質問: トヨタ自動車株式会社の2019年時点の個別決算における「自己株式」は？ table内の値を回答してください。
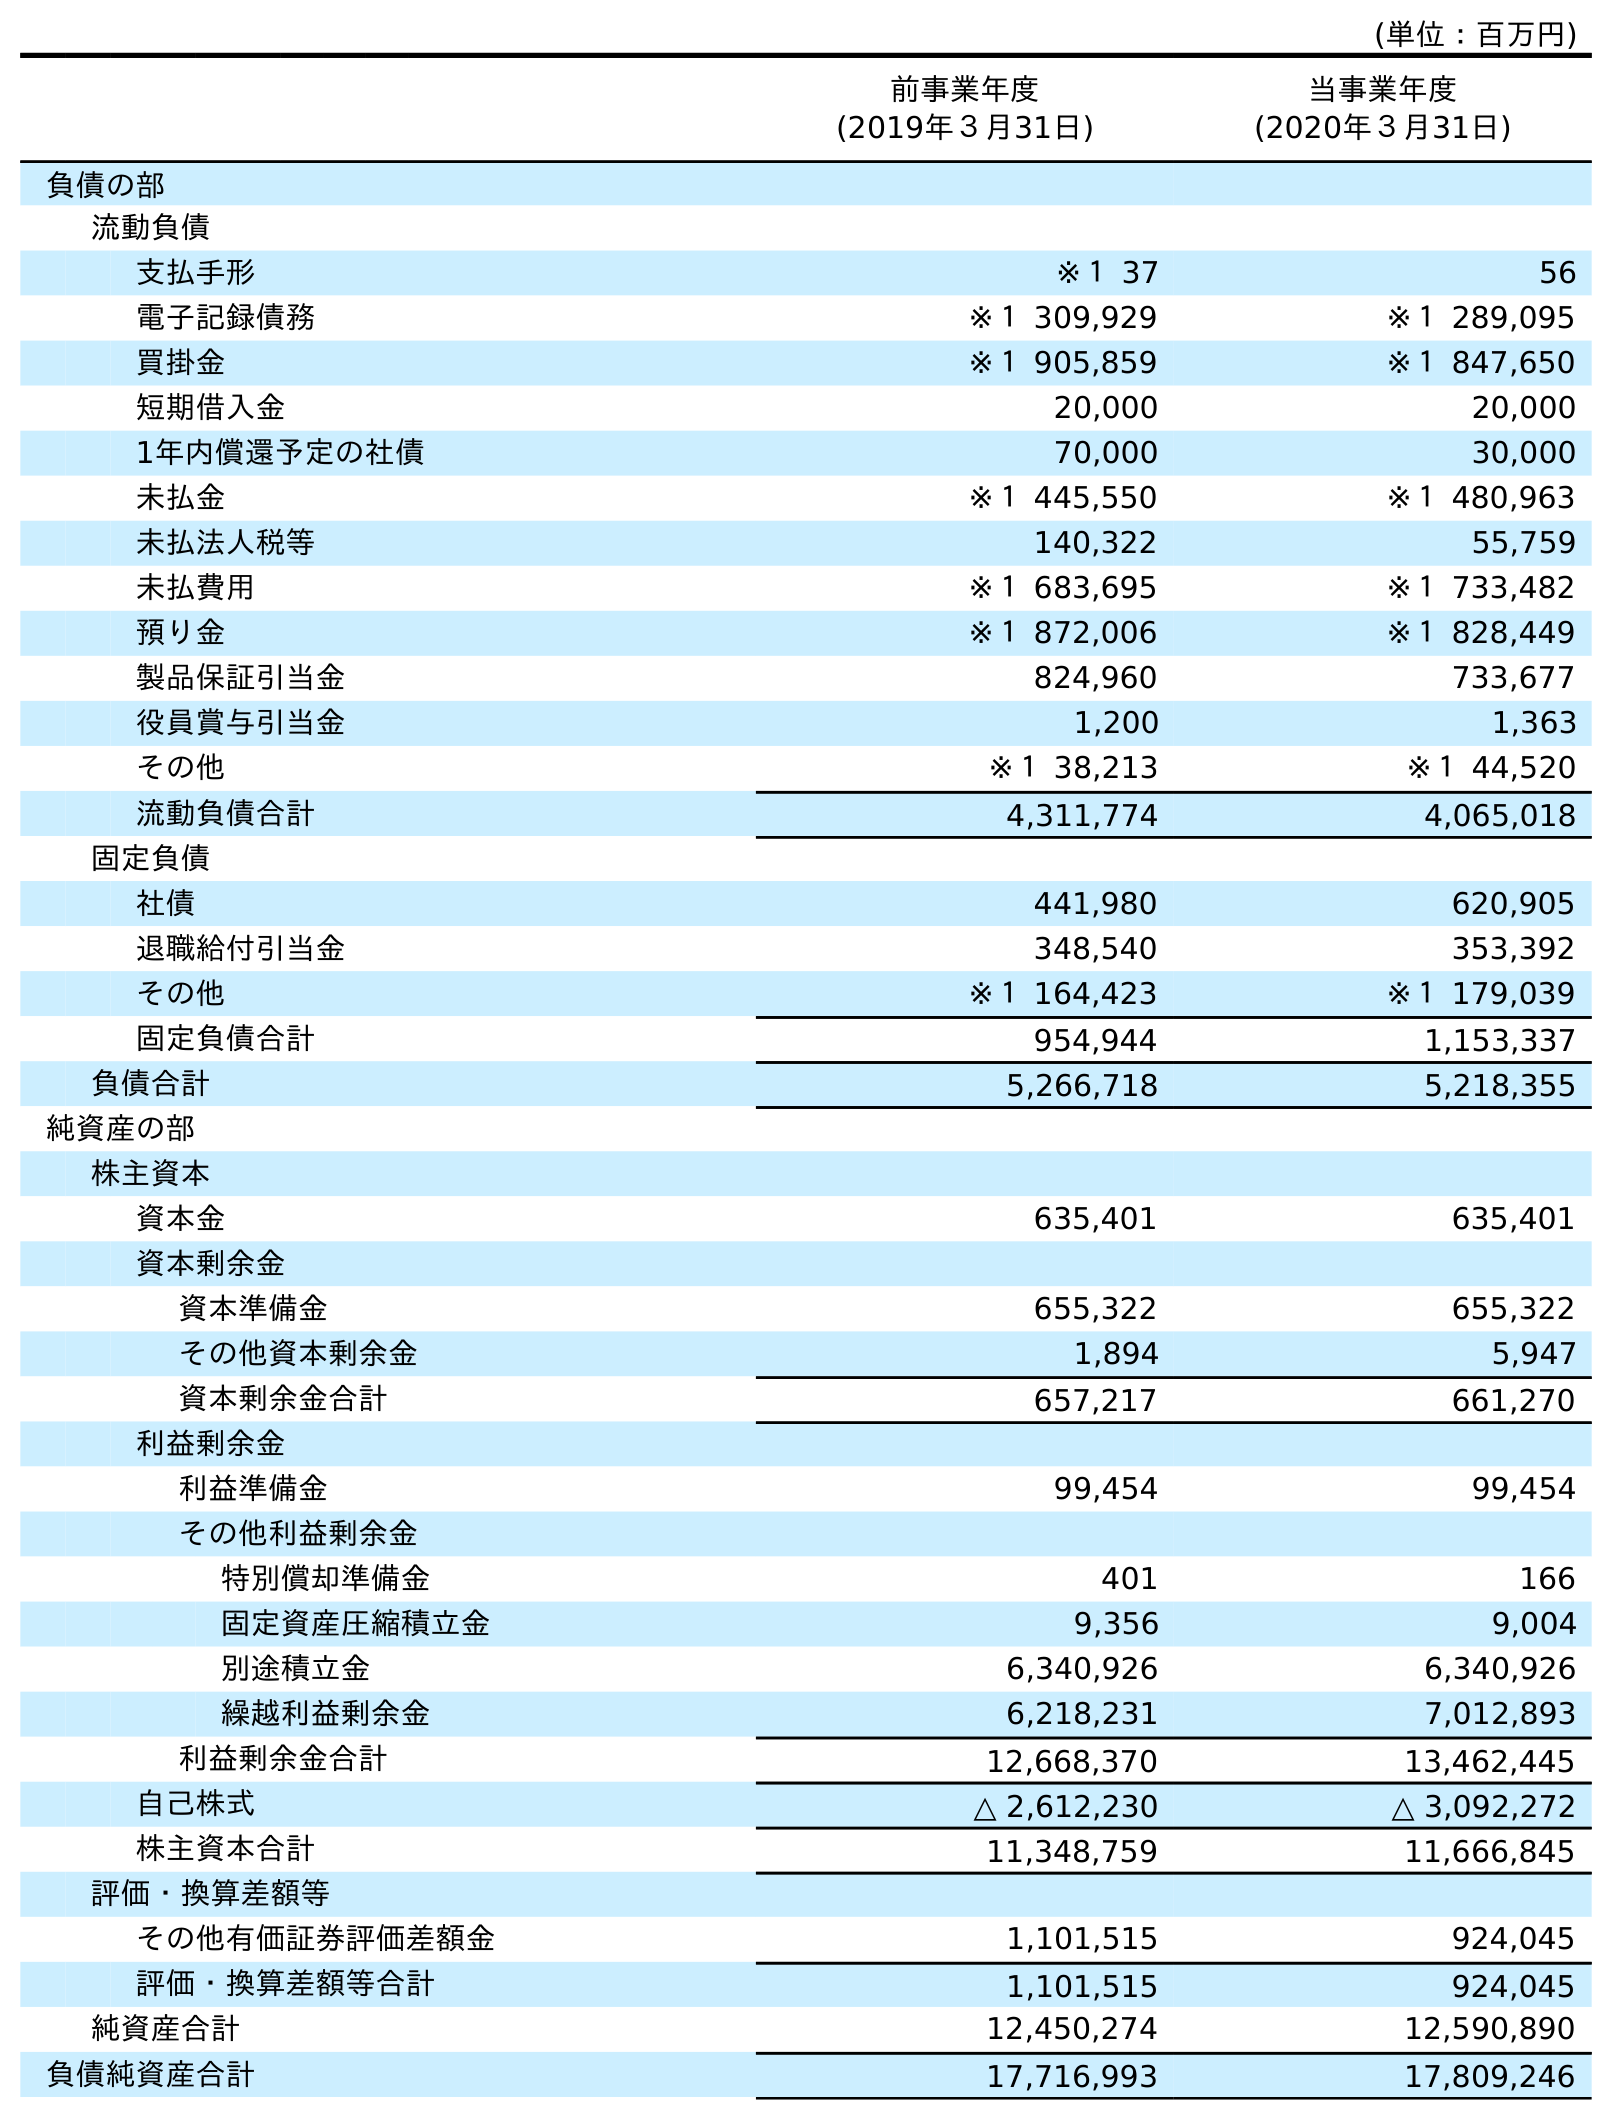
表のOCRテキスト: (単位：百万円) 前事業年度 (2019年３月31日) 当事業年度 (2020年３月31日) 負債の部 流動負債 支払手形 ※１ 37 56 電子記録債務 ※１ 309,929 ※１ 289,095 買掛金 ※１ 905,859 ※１ 847,650 短期借入金 20,000 20,000 1年内償還予定の社債 70,000 30,000 未払金 ※１ 445,550 ※１ 480,963 未払法人税等 140,322 55,759 未払費用 ※１ 683,695 ※１ 733,482 預り金 ※１ 872,006 ※１ 828,449 製品保証引当金 824,960 733,677 役員賞与引当金 1,200 1,363 その他 ※１ 38,213 ※１ 44,520 流動負債合計 4,311,774 4,065,018 固定負債 社債 441,980 620,905 退職給付引当金 348,540 353,392 その他 ※１ 164,423 ※１ 179,039 固定負債合計 954,944 1,153,337 負債合計 5,266,718 5,218,355 純資産の部 株主資本 資本金 635,401 635,401 資本剰余金 資本準備金 655,322 655,322 その他資本剰余金 1,894 5,947 資本剰余金合計 657,217 661,270 利益剰余金 利益準備金 99,454 99,454 その他利益剰余金 特別償却準備金 401 166 固定資産圧縮積立金 9,356 9,004 別途積立金 6,340,926 6,340,926 繰越利益剰余金 6,218,231 7,012,893 利益剰余金合計 12,668,370 13,462,445 自己株式 △ 2,612,230 △ 3,092,272 株主資本合計 11,348,759 11,666,845 評価・換算差額等 その他有価証券評価差額金 1,101,515 924,045 評価・換算差額等合計 1,101,515 924,045 純資産合計 12,450,274 12,590,890 負債純資産合計 17,716,993 17,809,246
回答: △2,612,230